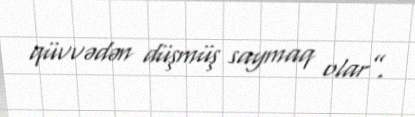
qüvvədən düşmüş saymaq olar”.